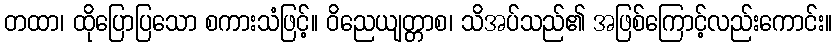
တထာ၊ ထိုပြောပြသော စကားသံဖြင့်။ ဝိညေယျတ္တာစ၊ သိအပ်သည်၏ အဖြစ်ကြောင့်လည်းကောင်း။